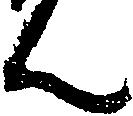
ん